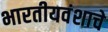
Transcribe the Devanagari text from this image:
भारतीयवंशाचे